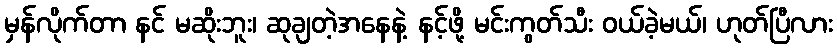
မှန်လိုက်တာ နင် မဆိုးဘူး၊ ဆုချတဲ့အနေနဲ့ နင့်ဖို့ မင်းကွတ်သီး ဝယ်ခဲ့မယ်၊ ဟုတ်ပြီလား